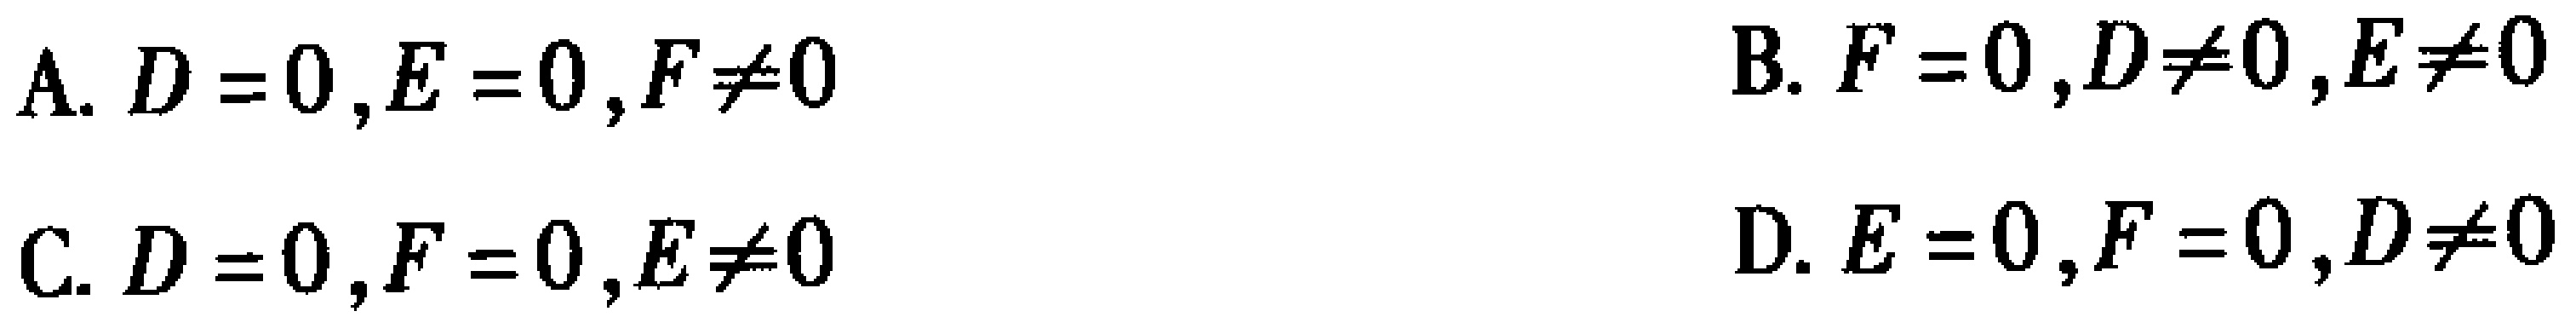
A. \(D = 0,E = 0,F\neq0\)
B. \(F = 0,D\neq0,E\neq0\)
C. \(D = 0,F = 0,E\neq0\)
D. \(E = 0,F = 0,D\neq0\)